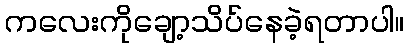
ကလေးကိုချော့သိပ်နေခဲ့ရတာပါ။